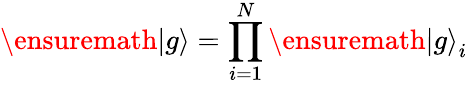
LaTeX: \ensuremath{|g\rangle}=\prod_{i=1}^{N}\ensuremath{|g\rangle}_{i}